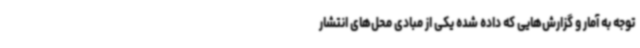
توجه به آمار و گزارش‌هایی که داده شده یکی از مبادی محل‌های انتشار